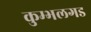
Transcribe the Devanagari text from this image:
कुम्भलगड